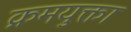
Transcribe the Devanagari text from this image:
क्रमयुक्ता